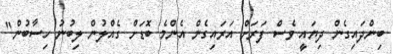
ބިންދައިގެން ދިޔައީ ވެސް ފަރަށް އަރައިގެން އެންމެ ބޮޑަށް ގެއްލުން ލިބުނު ހިސާބުން"